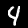
Digit: 4